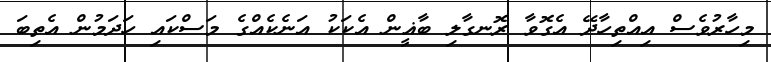
މިހާރުވެސް އިއްތިހާދޭ އެގޮވާ ރޮނގާލި ބާޣީން އެކަކު އަނެކެއްގެ މަސްކައި ހަދަމުން އެތިބަ